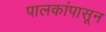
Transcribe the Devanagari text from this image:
पालकांपासून